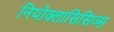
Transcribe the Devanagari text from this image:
नियोक्लासिसिज्म़